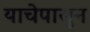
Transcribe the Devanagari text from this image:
याचेपासुन